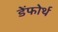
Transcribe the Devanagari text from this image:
डेंफोर्थ